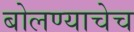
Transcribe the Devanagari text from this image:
बोलण्याचेच